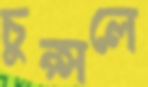
চুপ্‌সলে